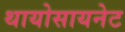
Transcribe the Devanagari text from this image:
थायोसायनेट